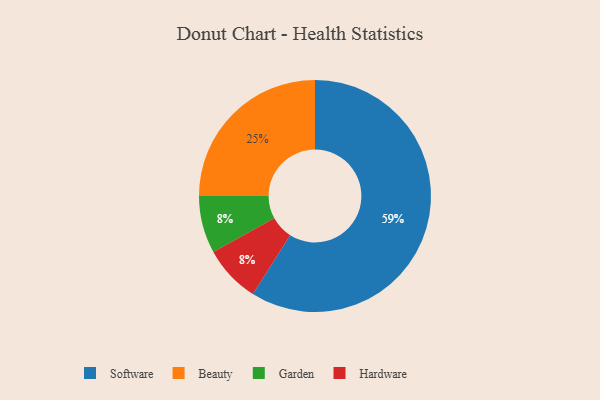
{"axis": {"x": "Category", "y": "Percentage"}, "legend": ["Beauty", "Garden", "Hardware", "Software"], "data": [{"x": "Beauty", "y": 25, "type": "Beauty"}, {"x": "Garden", "y": 8, "type": "Garden"}, {"x": "Software", "y": 59, "type": "Software"}, {"x": "Hardware", "y": 8, "type": "Hardware"}]}